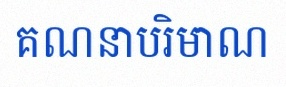
គណនាបរិមាណ